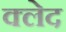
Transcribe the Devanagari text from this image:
क्‍लेद